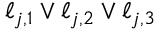
\ell _ { j , 1 } \vee \ell _ { j , 2 } \vee \ell _ { j , 3 }